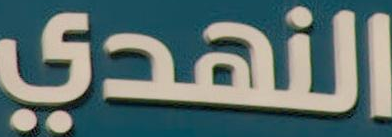
النهدي